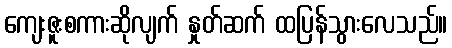
ကျေးဇူးစကားဆိုလျက် နှုတ်ဆက် ထပြန်သွားလေသည်။